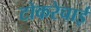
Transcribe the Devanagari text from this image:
टोकरेचाई